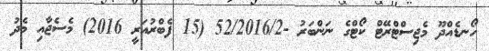
ހޯނޑެއްދޫ މެޖިސްޓްރޭޓް ކޯޓްގެ ނަންބަރު -52/2016/2 (15 ފެބްރުއަރީ 2016) މެސެޖާއި މެދު